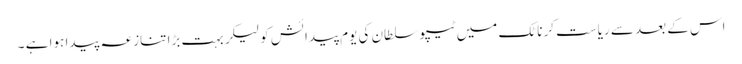
اس کے بعد سے ریاست کرناٹک میں ٹیپو سلطان کی یوم پیدائش کو لیکر بہت بڑا تنازعہ پیدا ہوا ہے ۔